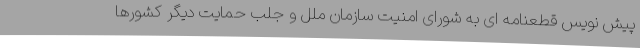
پیش نویس قطعنامه ای به شورای امنیت سازمان ملل و جلب حمایت دیگر کشورها